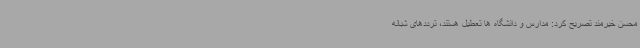
محسن خیرمند تصریح کرد: مدارس و دانشگاه ها تعطیل هستند، ترددهای شبانه